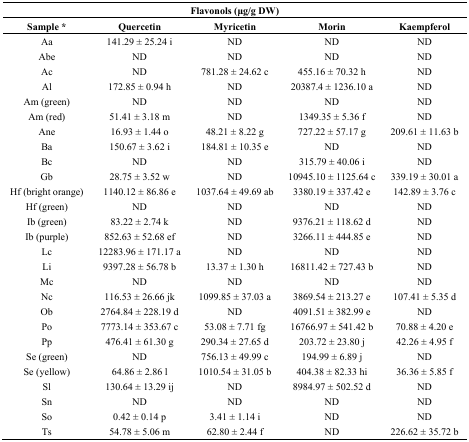
<table><thead><tr><td colspan="5"><b>Flavonols (μg/g DW)</b></td></tr><tr><td><b>Sample *</b></td><td><b>Quercetin</b></td><td><b>Myricetin</b></td><td><b>Morin</b></td><td><b>Kaempferol</b></td></tr></thead><tbody><tr><td>Aa</td><td>141.29 ± 25.24 i</td><td>ND</td><td>ND</td><td>ND</td></tr><tr><td>Abe</td><td>ND</td><td>ND</td><td>ND</td><td>ND</td></tr><tr><td>Ac</td><td>ND</td><td>781.28 ± 24.62 c</td><td>455.16 ± 70.32 h</td><td>ND</td></tr><tr><td>Al</td><td>172.85 ± 0.94 h</td><td>ND</td><td>20387.4 ± 1236.10 a</td><td>ND</td></tr><tr><td>Am (green)</td><td>ND</td><td>ND</td><td>ND</td><td>ND</td></tr><tr><td>Am (red)</td><td>51.41 ± 3.18 m</td><td>ND</td><td>1349.35 ± 5.36 f</td><td>ND</td></tr><tr><td>Ane</td><td>16.93 ± 1.44 o</td><td>48.21 ± 8.22 g</td><td>727.22 ± 57.17 g</td><td>209.61 ± 11.63 b</td></tr><tr><td>Ba</td><td>150.67 ± 3.62 i</td><td>184.81 ± 10.35 e</td><td>ND</td><td>ND</td></tr><tr><td>Bc</td><td>ND</td><td>ND</td><td>315.79 ± 40.06 i</td><td>ND</td></tr><tr><td>Gb</td><td>28.75 ± 3.52 w</td><td>ND</td><td>10945.10 ± 1125.64 c</td><td>339.19 ± 30.01 a</td></tr><tr><td>Hf (bright orange)</td><td>1140.12 ± 86.86 e</td><td>1037.64 ± 49.69 ab</td><td>3380.19 ± 337.42 e</td><td>142.89 ± 3.76 c</td></tr><tr><td>Hf (green)</td><td>ND</td><td>ND</td><td>ND</td><td>ND</td></tr><tr><td>Ib (green)</td><td>83.22 ± 2.74 k</td><td>ND</td><td>9376.21 ± 118.62 d</td><td>ND</td></tr><tr><td>Ib (purple)</td><td>852.63 ± 52.68 ef</td><td>ND</td><td>3266.11 ± 444.85 e</td><td>ND</td></tr><tr><td>Lc</td><td>12283.96 ± 171.17 a</td><td>ND</td><td>ND</td><td>ND</td></tr><tr><td>Li</td><td>9397.28 ± 56.78 b</td><td>13.37 ± 1.30 h</td><td>16811.42 ± 727.43 b</td><td>ND</td></tr><tr><td>Mc</td><td>ND</td><td>ND</td><td>ND</td><td>ND</td></tr><tr><td>Nc</td><td>116.53 ± 26.66 jk</td><td>1099.85 ± 37.03 a</td><td>3869.54 ± 213.27 e</td><td>107.41 ± 5.35 d</td></tr><tr><td>Ob</td><td>2764.84 ± 228.19 d</td><td>ND</td><td>4091.51 ± 382.99 e</td><td>ND</td></tr><tr><td>Po</td><td>7773.14 ± 353.67 c</td><td>53.08 ± 7.71 fg</td><td>16766.97 ± 541.42 b</td><td>70.88 ± 4.20 e</td></tr><tr><td>Pp</td><td>476.41 ± 61.30 g</td><td>290.34 ± 27.65 d</td><td>203.72 ± 23.80 j</td><td>42.26 ± 4.95 f</td></tr><tr><td>Se (green)</td><td>ND</td><td>756.13 ± 49.99 c</td><td>194.99 ± 6.89 j</td><td>ND</td></tr><tr><td>Se (yellow)</td><td>64.86 ± 2.86 l</td><td>1010.54 ± 31.05 b</td><td>404.38 ± 82.33 hi</td><td>36.36 ± 5.85 f</td></tr><tr><td>Sl </td><td>130.64 ± 13.29 ij</td><td>ND</td><td>8984.97 ± 502.52 d</td><td>ND</td></tr><tr><td>Sn</td><td>ND</td><td>ND</td><td>ND</td><td>ND</td></tr><tr><td>So</td><td>0.42 ± 0.14 p</td><td>3.41 ± 1.14 i</td><td>ND</td><td>ND</td></tr><tr><td>Ts</td><td>54.78 ± 5.06 m</td><td>62.80 ± 2.44 f</td><td>ND</td><td>226.62 ± 35.72 b</td></tr></tbody></table>